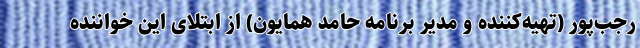
رجب‌پور (تهیه‌کننده و مدیر برنامه حامد همایون) از ابتلای این خواننده